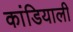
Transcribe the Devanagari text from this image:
कांडियाली